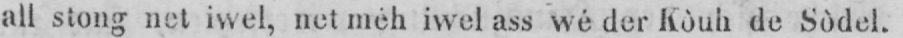
all stong net iwel, net mèh iwel ass wé der Kòuh de Sòdel.